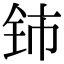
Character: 铈